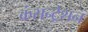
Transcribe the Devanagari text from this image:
कंसन्ट्रेशन